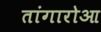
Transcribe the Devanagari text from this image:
तांगारोआ